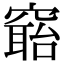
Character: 𥧺